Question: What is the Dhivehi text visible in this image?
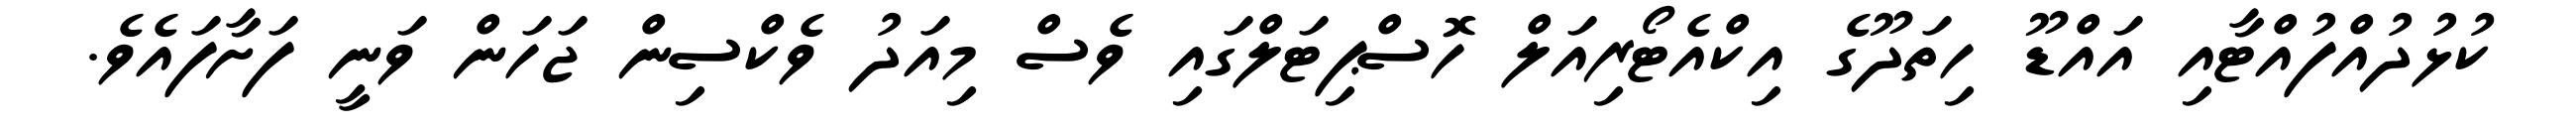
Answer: ކުޅުދުއްފުއްޓާއި އައްޑޫ ހިތަދޫގެ އިކްއެޓޯރިއަލް ހޮސްޕިޓަލްގައި ވެސް މިއަދު ވެކްސިން ޖަހަން ވަނީ ފަށާފައެވެ.